Annual statistical returns and brief notes on vaccination in Bengal - 1909-1929
Year: 1909
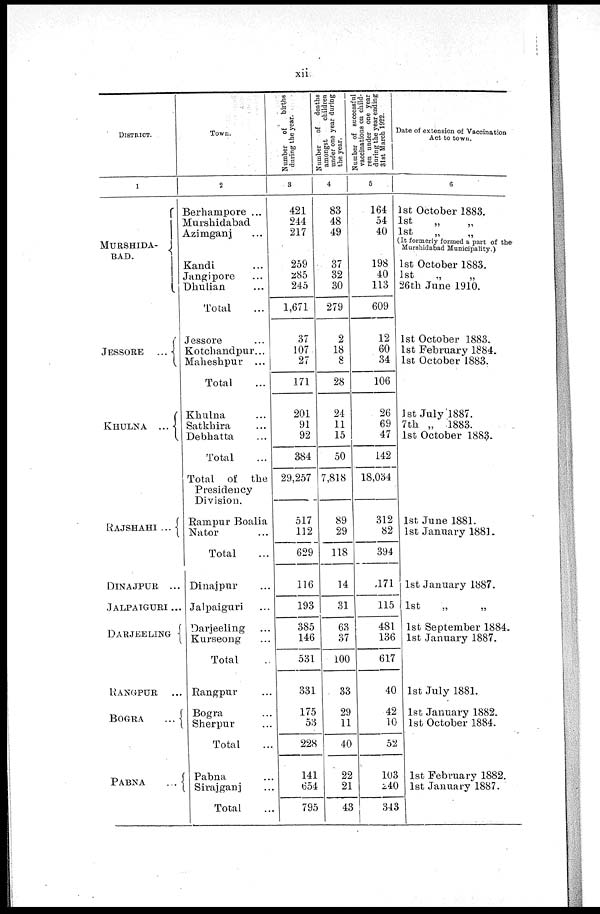
xii
DISTRICT.
1
MURSHIDA¬
BAD.
JESSORE ...
KHULNA ...
RAJSHAHI ...
DINAJPUR ...
JALPAIGURI ...
DARJEELING
KANGPUR ...
BOGRA
...
PABNA
...
Town.
2
Berhampore ...
Murshidabad
Azimganj ...
Kandi ...
Jangipore ...
Dhulian ...
Total ...
Jessore ...
Kotchandpur...
Maheshpur ...
Total ...
Khulna ...
Satkhira ...
Debhatta ...
Total ...
Total of the
Presidency
Division.
Rampur Boalia
Nator ...
Total ...
Dinajpur ...
Jalpaiguri ...
Darjeeling ...
Kurseong ...
Total ...
Rangpur ...
Bogra ...
Sherpur ...
Total ...
Pabna ...
Sirajganj ...
Total ...
Number of
births
during the year.
3
421
244
217
259
285
245
1,671
37
107
27
171
201
91
92
384
29,257
517
112
629
116
193
385
146
531
331
175
53
228
141
654
795
Number
of deaths
amongst
children
under one year during
the year.
4
83
48
49
37
32
30
279
2
18
8
28
24
11
15
50
7,818
89
29
118
14
31
63
37
100
33
29
11
40
22
21
43
Number of successful
vaccinations on child-
ren under one year
during the year ending
31st March 1922.
5
164
54
40
198
40
113
609
12
60
34
106
26
69
47
142
18,034
312
82
394
171
115
481
136
617
40
42
10
52
103
240
343
Date of extension of Vaccination
Act to town.
6
1st October 1883.
1st
„ „
1st „ „
(It formerly formed a part of the
Murshidabad Municipality.)
1st October 1883.
1st „ „
26th June 1910.
1st October 1883.
1st February 1884.
1st October 1883.
1st July 1887.
7th „ 1883.
1st October 1883.
1st June 1881.
1st January 1881.
1st January 1887.
1st
„
„
1st September 1884.
1st January 1887.
1st July 1881.
1st January 1882.
1st October 1884.
1st February 1882.
1st January 1887.